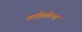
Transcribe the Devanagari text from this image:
वाहिलेल्‍या